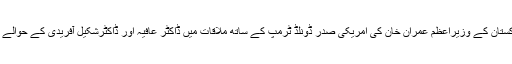
انہوں نے کہا تھا کہ پاکستان کے وزیراعظم عمران خان کی امریکی صدر ڈونلڈ ٹرمپ کے ساتھ ملاقات میں ڈاکٹر عافیہ اور ڈاکٹرشکیل آفریدی کے حوالے سے بات ہو سکتی ہے۔